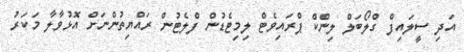
އަދި ސީލައިފް ގްލޯބަލް ލިންކް ޕްރައިވެޓް ލިމިޓެޑުން ފްލެޓުން ރައްޔިތުންނަށް އޮޅުވާލާ މަކަރު